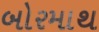
બોરમાથ